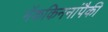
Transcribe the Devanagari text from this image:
मॅककिननांपैकी